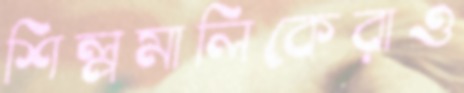
শিল্পমালিকেরাও